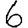
Digit: 6